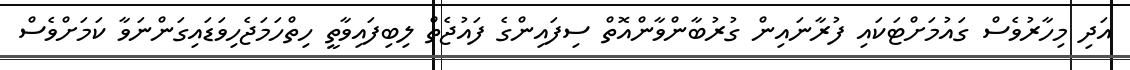
އަދި މިހާރުވެސް ގައުމަށްޓަކައި ފުރާނައިން ގުރުބާންވާންއޮތް ސިފައިންގެ ފައުޖެތް ލިބިފައިވާތީ ހިތްހަމަޖެހިވަޑައިގަންނަވާ ކަމަށްވެސް